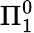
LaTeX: \Pi_{1}^{0}